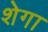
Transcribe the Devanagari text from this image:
शेगा